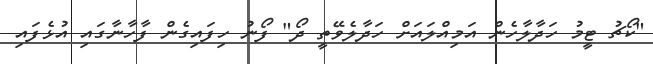
"ކޯޗު ޓީމު ހަދާލާހެން އަމިއްލައަށް ހަދާލެވޭތީ ދޯ" ފޯނު ހިފައިގެން ފާހާނާގައި އުޅެފައި